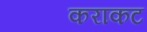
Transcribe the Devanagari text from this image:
कराकट